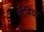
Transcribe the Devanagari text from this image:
रोबिया